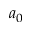
a _ { 0 }